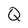
Character: Q